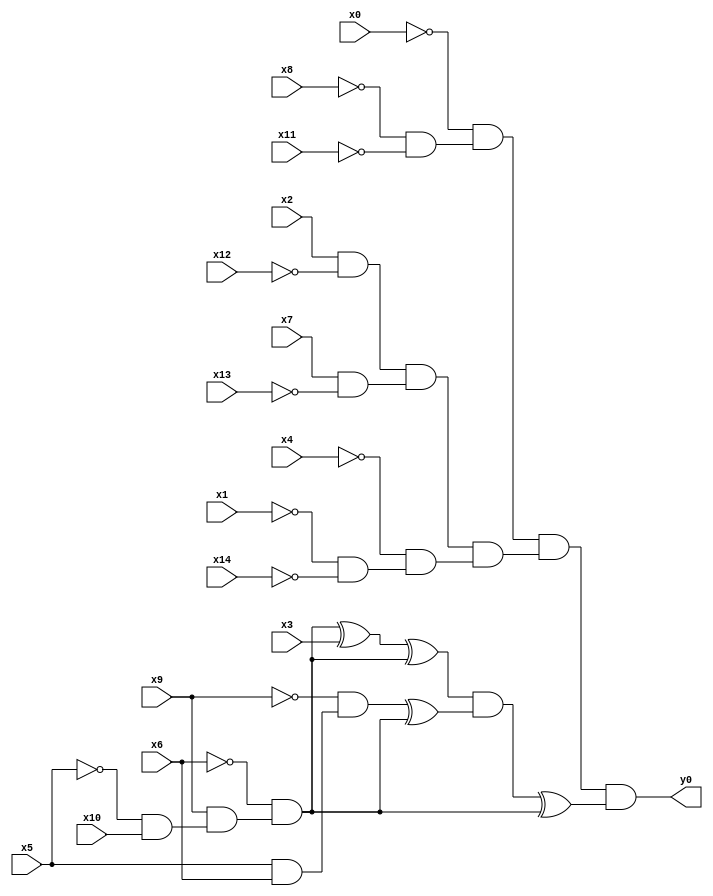
module top( x0 , x1 , x2 , x3 , x4 , x5 , x6 , x7 , x8 , x9 , x10 , x11 , x12 , x13 , x14 , y0 );
  input x0 , x1 , x2 , x3 , x4 , x5 , x6 , x7 , x8 , x9 , x10 , x11 , x12 , x13 , x14 ;
  output y0 ;
  wire n16 , n17 , n18 , n19 , n20 , n21 , n22 , n23 , n24 , n25 , n26 , n27 , n28 , n29 , n30 , n31 , n32 , n33 , n34 , n35 ;
  assign n16 = ~x8 & ~x11 ;
  assign n17 = ~x0 & n16 ;
  assign n18 = x2 & ~x12 ;
  assign n19 = x7 & ~x13 ;
  assign n20 = n18 & n19 ;
  assign n21 = ~x1 & ~x14 ;
  assign n22 = ~x4 & n21 ;
  assign n23 = n20 & n22 ;
  assign n24 = n17 & n23 ;
  assign n25 = ~x5 & x10 ;
  assign n26 = x9 & n25 ;
  assign n27 = ~x6 & n26 ;
  assign n28 = n27 ^ x3 ;
  assign n29 = n28 ^ n27 ;
  assign n30 = x5 & x6 ;
  assign n31 = ~x9 & n30 ;
  assign n32 = n31 ^ n27 ;
  assign n33 = n29 & n32 ;
  assign n34 = n33 ^ n27 ;
  assign n35 = n24 & n34 ;
  assign y0 = n35 ;
endmodule